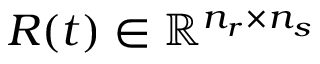
R ( t ) \in \mathbb { R } ^ { n _ { r } \times n _ { s } }